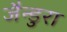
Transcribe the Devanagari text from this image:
जैन्डुरा